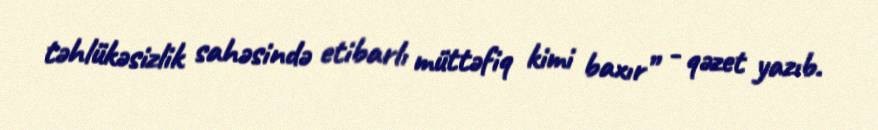
təhlükəsizlik sahəsində etibarlı müttəfiq kimi baxır” - qəzet yazıb.